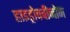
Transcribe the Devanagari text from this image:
हाइड्रोक्वीनोन